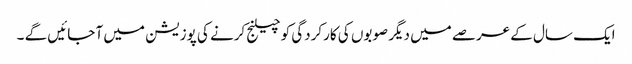
ایک سال کے عرصے میں دیگر صوبوں کی کارکردگی کو چیلنج کرنے کی پوزیشن میں آ جائیں گے ۔